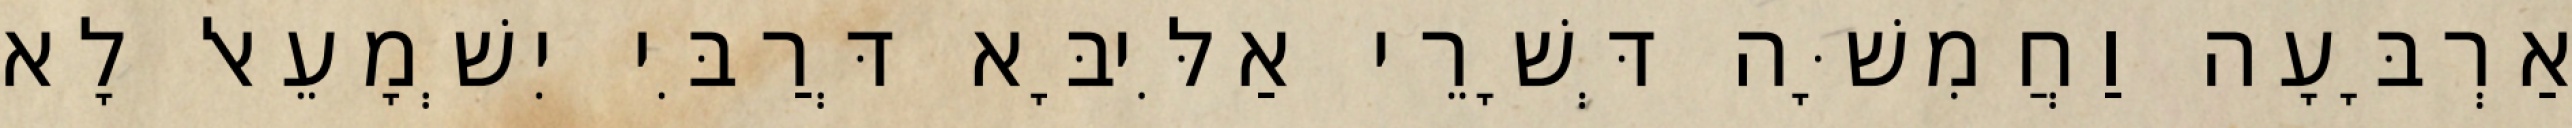
אַרְבָּעָה וַחֲמִשָּׁה דְּשָׁרֵי אַלִּיבָּא דְּרַבִּי יִשְׁמָעֵאל לָא